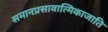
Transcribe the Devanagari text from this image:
समानप्रसावात्मिकाजाति